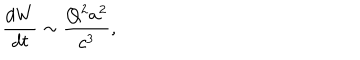
\frac { d W } { d t } \sim \frac { Q ^ { 2 } a ^ { 2 } } { c ^ { 3 } } ,